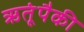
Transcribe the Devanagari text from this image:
ऋतूंपैकी